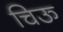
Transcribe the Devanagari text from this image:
चिऊ